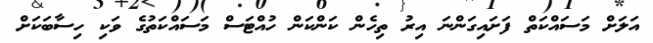
އަލަށް މަސައްކަތް ފަށައިގަންނަ އިރު ތިހެން ކަންކަން ހުއްޓަސް މަސައްކަތުގެ ވަކި ހިސާބަކަށް